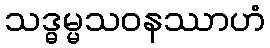
သဒ္ဓမ္မသဝနဿာဟံ